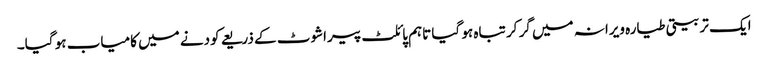
ایک تربیتی طیارہ ویرانہ میں گر کر تباہ ہو گیا تاہم پائلٹ پیراشوٹ کے ذریعے کودنے میں کامیاب ہو گیا۔